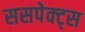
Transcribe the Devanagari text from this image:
ससपेक्ट्स